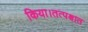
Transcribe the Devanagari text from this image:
किया।तत्पश्चात